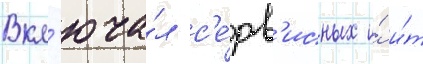
Вкл'юча́л с'е́рв'исных и́ и́т